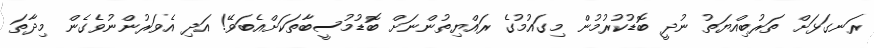
ރަނގަޅަށް ތަރުބިއްޔަތު ނުދީ ބޮޑުކުރުމުން މިގައުމުގެ ރައްޔިތުންނަށް ބޮޑުމުސީބާތަކަށްއެބަވޭ! އަދި އެވަރުންނުވެގެން މިދާތަ